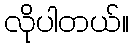
လိုပါတယ်။